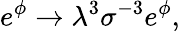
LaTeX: {e^{\phi}\rightarrow{\lambda}^{3}{\sigma}^{-3}e^{\phi},}